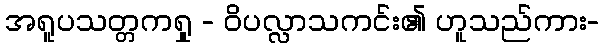
အရူပသတ္တကရှု - ဝိပလ္လာသကင်း၏ ဟူသည်ကား-